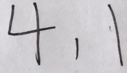
4 , 1